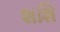
શશિ